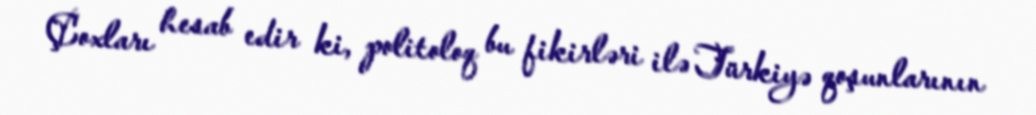
Çoxları hesab edir ki, politoloq bu fikirləri ilə Türkiyə qoşunlarının